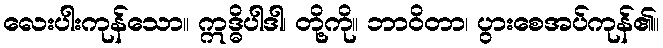
လေးပါးကုန်သော။ ဣဒ္ဓိပါဒါ၊ တို့ကို။ ဘာဝိတာ၊ ပွားစေအပ်ကုန်၏။